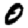
Digit: 0